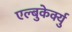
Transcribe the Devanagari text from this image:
एल्बुकेर्क्यु